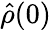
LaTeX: \hat{\rho}(0)